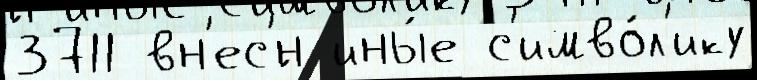
3711 вн'ес'́н ины́е с'имво́л'ику